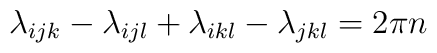
\lambda_{ijk} - \lambda_{ijl} + \lambda_{ikl} - \lambda_{jkl}  = 2\pi n\nonumber